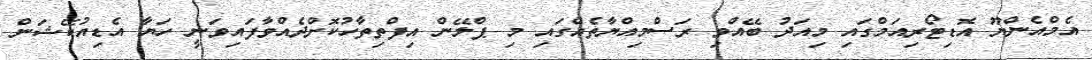
އެމްއެންޔޫ އޮޑިޓޯރިއަމްގައި މިއަދު ބޭއްވި ރަސްމިއްޔާތެއްގައި މި ޕްލޭން އިފްތިތާހުކޮށްދެއްވާފައިވަނީ ހަޔާ އެޑިއުކޭޝަން